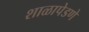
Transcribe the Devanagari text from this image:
शाळापेडणे